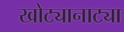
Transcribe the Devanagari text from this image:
खोट्यानाट्या